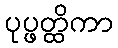
ပုပ္ဖတ္ထိကာ